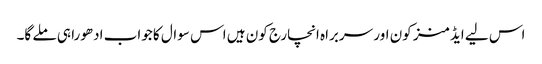
اس لیے ایڈمنز کون اور سربراہ انچارج کون ہیں اس سوال کا جواب ادھورا ہی ملے گا۔